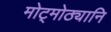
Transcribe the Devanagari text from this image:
मोट्मोठ्यानि